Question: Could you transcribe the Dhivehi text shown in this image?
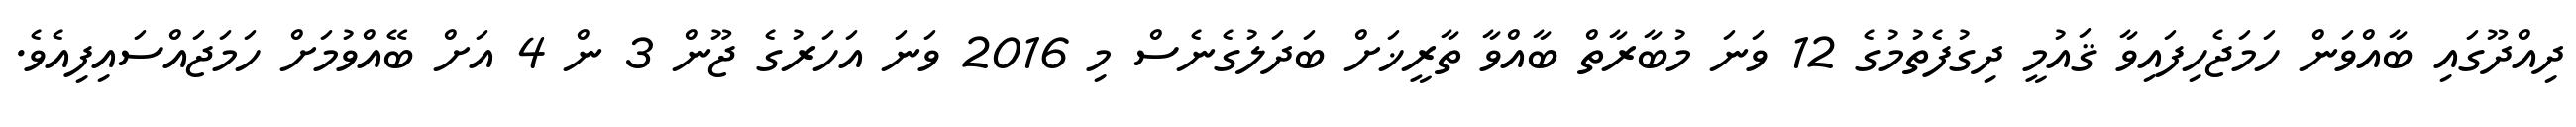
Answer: ދިއްދޫގައި ބާއްވަން ހަމަޖެހިފައިވާ ޤައުމީ ދިގުފެތުމުގެ 12 ވަނަ މުބާރާތް ބާއްވާ ތާރީޚަށް ބަދަލުގެނެސް މި 2016 ވަނަ އަހަރުގެ ޖޫން 3 ން 4 އަށް ބޭއްވުމަށް ހަމަޖައްސައިފިއެވެ.